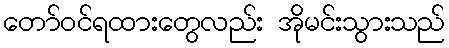
တော်ဝင်ရထားတွေလည်း အိုမင်းသွားသည်